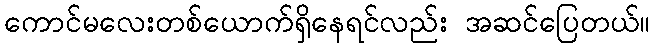
ကောင်မလေးတစ်ယောက်ရှိနေရင်လည်း အဆင်ပြေတယ်။